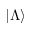
| \Lambda \rangle